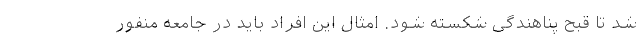
شد تا قُبح پناهندگی شکسته شود. امثال این افراد باید در جامعه منفور